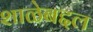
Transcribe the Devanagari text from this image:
शाळेबद्दल